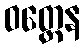
ဝတ္တေန